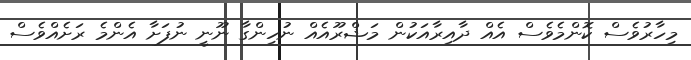
މިހާރުވެސް ކޮންމެވެސް އެއް ދާއިރާއަކުން މަޝްރޫއެއް ނުހިންގާ ނޫނީ ނުފަށާ އެންމެ ރަށެއްވެސް